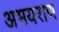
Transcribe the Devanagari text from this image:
अभयराण